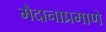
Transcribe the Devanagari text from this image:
मैदानाप्रमाणे